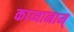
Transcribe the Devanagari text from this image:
काव्यानाम्